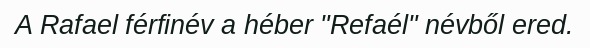
A Rafael férfinév a héber "Refaél" névből ered.